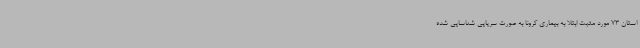
استان 73 مورد مثبت ابتلا به بیماری کرونا به ‌صورت سرپایی شناسایی شده